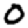
Digit: 0